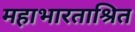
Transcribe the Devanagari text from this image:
महाभारताश्रित